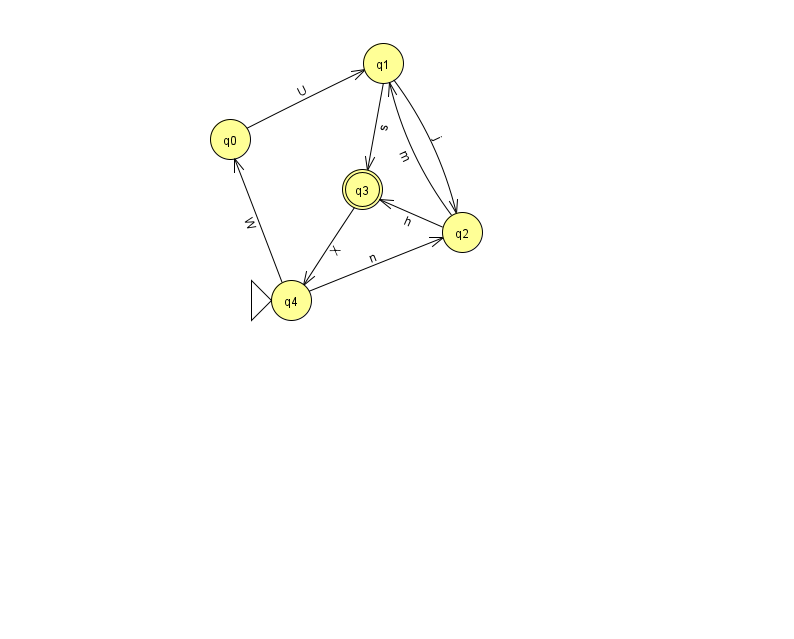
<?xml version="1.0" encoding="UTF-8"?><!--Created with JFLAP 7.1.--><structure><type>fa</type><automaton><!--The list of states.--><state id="0" name="q0"><x>230.0</x><y>126.0</y></state><state id="1" name="q1"><x>383.0</x><y>50.0</y></state><state id="2" name="q2"><x>462.0</x><y>219.0</y></state><state id="3" name="q3"><x>362.0</x><y>176.0</y><final/></state><state id="4" name="q4"><x>291.0</x><y>287.0</y><initial/></state><!--The list of transitions.--><transition><from>0</from><to>1</to><read>U</read></transition><transition><from>2</from><to>1</to><read>m</read></transition><transition><from>2</from><to>3</to><read>h</read></transition><transition><from>1</from><to>2</to><read>j</read></transition><transition><from>4</from><to>0</to><read>W</read></transition><transition><from>1</from><to>3</to><read>s</read></transition><transition><from>4</from><to>2</to><read>n</read></transition><transition><from>3</from><to>4</to><read>X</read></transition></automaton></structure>